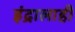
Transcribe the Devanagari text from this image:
इंद्रालाही